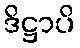
ဒိဋ္ဌာပိ